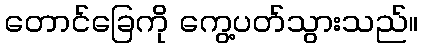
တောင်ခြေကို ကွေ့ပတ်သွားသည်။